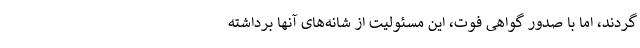
گردند، اما با صدور گواهی فوت، این مسئولیت از شانه‌های آنها برداشته